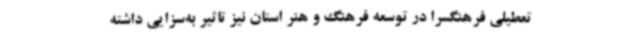
تعطیلی فرهنگسرا در توسعه فرهنگ و هنر استان نیز تاثیر به‌سزایی داشته